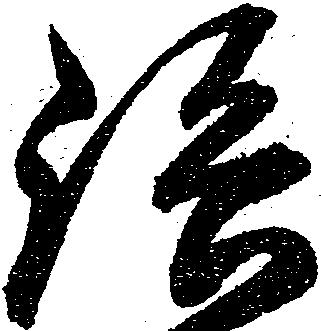
路